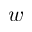
w